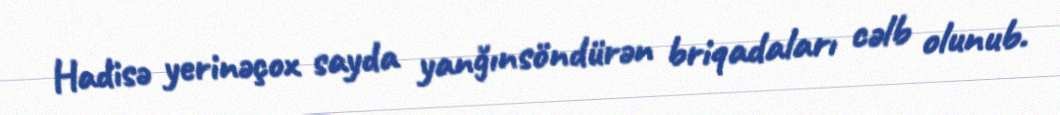
Hadisə yerinəçox sayda yanğınsöndürən briqadaları cəlb olunub.